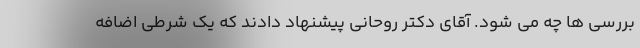
بررسی ها چه می شود. آقای دکتر روحانی پیشنهاد دادند که یک شرطی اضافه